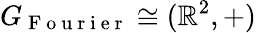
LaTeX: G_{\mathrm{~F~o~u~r~i~e~r~}}\cong(\mathbb{R}^{2},+)